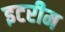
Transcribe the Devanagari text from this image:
इटरीम